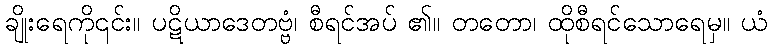
ချိုးရေကို၎င်း။ ပဋိယာဒေတဗ္ဗံ၊ စီရင်အပ် ၏။ တတော၊ ထိုစီရင်သောရေမှ။ ယံ